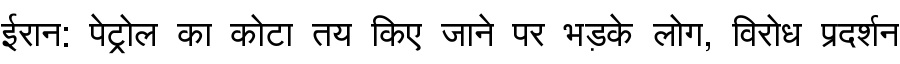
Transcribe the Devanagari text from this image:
ईरान: पेट्रोल का कोटा तय किए जाने पर भड़के लोग, विरोध प्रदर्शन